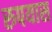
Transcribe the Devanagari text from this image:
रुपयास